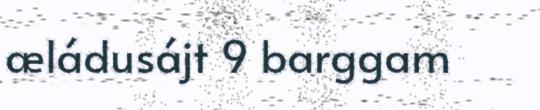
æládusájt 9 barggam